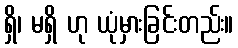
ရှိ၊ မရှိ ဟု ယုံမှားခြင်းတည်း။